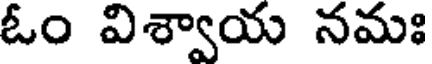
ఓం విశ్వాయ నమః